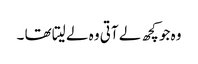
وہ جو کچھ لے آتی وہ لے لیتا تھا ۔